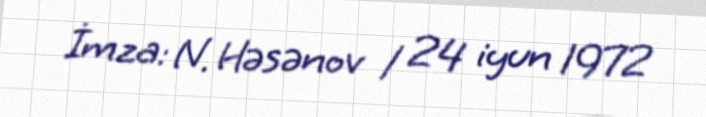
İmza: N. Həsənov / 24 iyun 1972